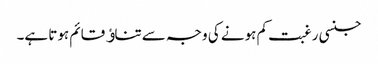
جنسی رغبت کم ہونے کی وجہ سے تناﺅ قائم ہوتا ہے۔